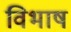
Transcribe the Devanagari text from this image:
विभाष